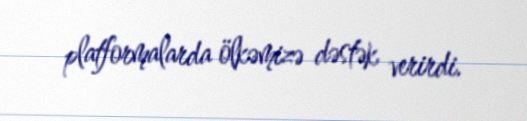
platformalarda ölkəmizə dəstək verirdi.